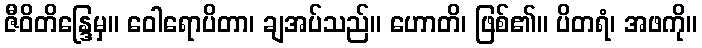
ဇီဝိတိန္ဒြေမှ။ ဝေါရောပိတာ၊ ချအပ်သည်။ ဟောတိ၊ ဖြစ်၏။ ပိတရံ၊ အဖကို။